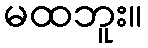
မထဘူး။